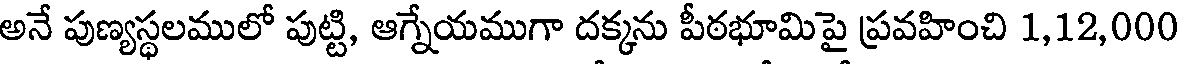
అనే పుణ్యస్థలములో పుట్టి, ఆగ్నేయముగా దక్కను పీఠభూమిపై ప్రవహించి 1,12,000